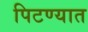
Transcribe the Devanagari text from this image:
पिटण्यात